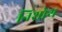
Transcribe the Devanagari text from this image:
निशोथ